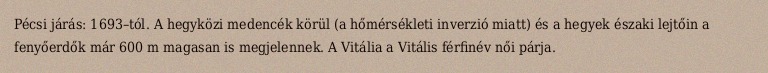
Pécsi járás: 1693–tól. A hegyközi medencék körül (a hőmérsékleti inverzió miatt) és a hegyek északi lejtőin a fenyőerdők már 600 m magasan is megjelennek. A Vitália a Vitális férfinév női párja.